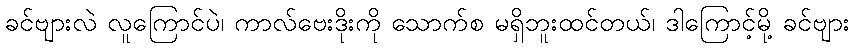
ခင်ဗျားလဲ လူကြောင်ပဲ၊ ကာလ်ဗေးဒိုးကို သောက်စ မရှိဘူးထင်တယ်၊ ဒါကြောင့်မို့ ခင်ဗျား